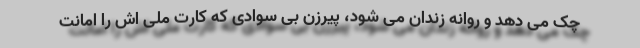
چک می دهد و روانه زندان می شود، پیرزن بی سوادی که کارت ملی اش را امانت